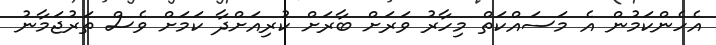
އެެހެންކަމުން އެ މަސައްކަތް މިހާރު ވަރަށް ބާރަށް ކުރިއަށްދާ ކަމަށް ވެސް ތަރުޖަމާނު